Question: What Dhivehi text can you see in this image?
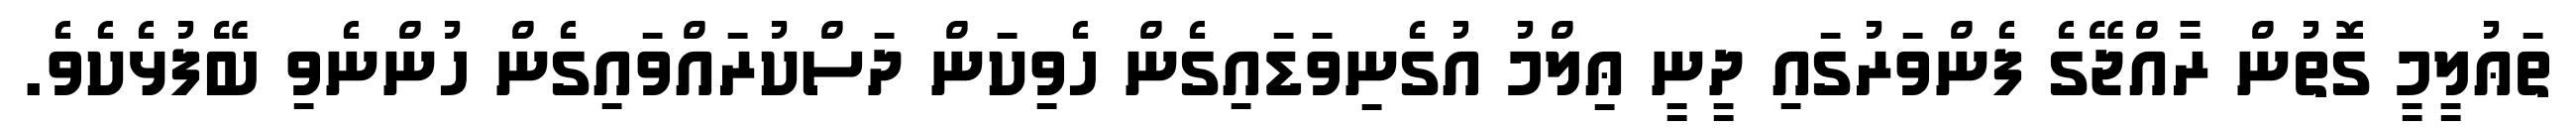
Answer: ތަޢުލީމީ ގޮތުން ރާއްޖޭގެ ފެންވަރުގައި ދީނީ ޢިލްމު އުގެނިވަޑައިގެން ހެވިކަން ދަސްކުރައްވައިގެން ހުންނެވި ބޭފުޅެކެވެ.